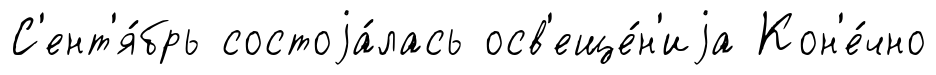
С'ент'я́брь состоjа́лась осв'еще́н'иjа Кон'е́чно